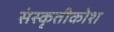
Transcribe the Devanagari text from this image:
संस्कृतीकोश